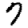
Digit: 7